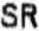
SR